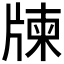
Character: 𤗛